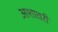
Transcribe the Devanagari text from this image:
आशावरी